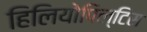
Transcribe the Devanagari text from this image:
हिलियोपिल्टिस